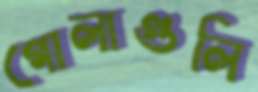
গোলাগুলি